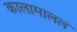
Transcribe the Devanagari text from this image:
कालामालल